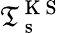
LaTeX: \mathfrak{T}_{\mathrm{{~s~}}}^{\mathrm{{~K~S~}}}